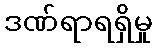
ဒဏ်ရာရရှိမှု